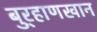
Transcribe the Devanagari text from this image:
बुर्‍हाणखान